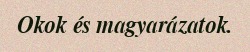
Okok és magyarázatok.